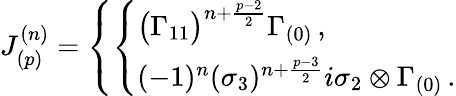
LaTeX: J_{(p)}^{(n)}=\left\{ \left\{ \begin{array}{ll}{{\big(\Gamma_{11}\big)^{n+{\frac{p-2}{2}}}\Gamma_{(0)}\, ,}}\\ {{(-1)^{n}(\sigma_{3})^{n+{\frac{p-3}{2}}}i\sigma_{2}\otimes\Gamma_{(0)}\, .}}\end{array}\right.\right.